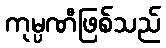
ကုမ္ပဏီဖြစ်သည်